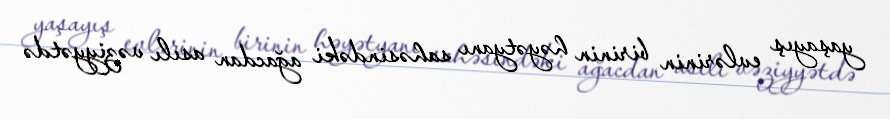
yaşayış evlərinin birinin həyətyanı sahəsindəki ağacdan asılı vəziyyətdə